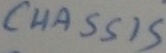
Text: CHASSIS